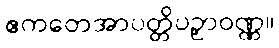
ဧကတေအာပတ္တိပဥှာဝဏ္ဏ။